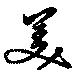
美